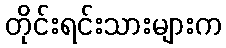
တိုင်းရင်းသားများက